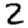
Digit: 2